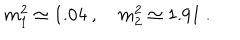
m _ { 1 } ^ { 2 } \simeq 1 . 0 4 \ , \quad m _ { 2 } ^ { 2 } \simeq 1 . 9 1 \ .